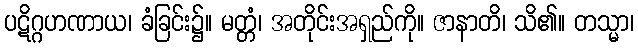
ပဋိဂ္ဂဟဏာယ၊ ခံခြင်း၌။ မတ္တံ၊ အတိုင်းအရှည်ကို။ ဇာနာတိ၊ သိ၏။ တသ္မာ၊